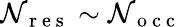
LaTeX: \mathcal{N}_{\mathrm{{~r~e~s~}}}\sim\mathcal{N}_{\mathrm{{~o~c~c~}}}